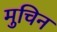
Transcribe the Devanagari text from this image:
मुचिन